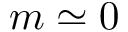
m \simeq 0